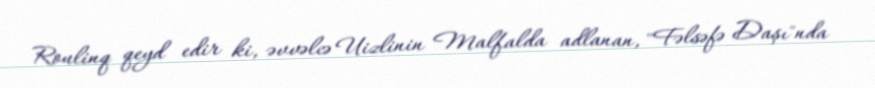
Roulinq qeyd edir ki, əvvəlcə Uizlinin Malfalda adlanan, "Fəlsəfə Daşı"nda